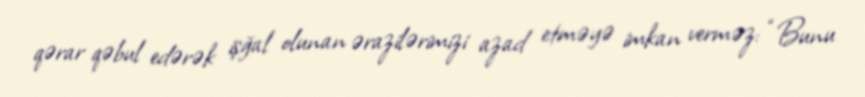
qərar qəbul edərək işğal olunan ərazilərimizi azad etməyə imkan verməz: “Bunu